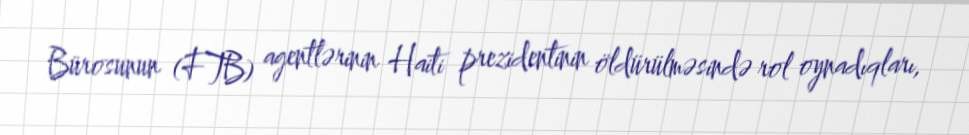
Bürosunun (FTB) agentlərinin Haiti prezidentinin öldürülməsində rol oynadıqları,